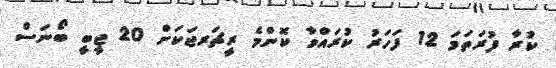
ކުރާ ފުރަތަމަ 12 ފަހަރު ކުރައްވާ ކޮންމެ ރީޗަރޖަކަށް 20 ޖީބީ ބޯނަސް